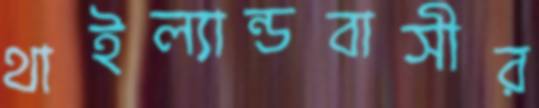
থাইল্যান্ডবাসীর